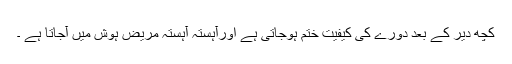
کچھ دیر کے بعد دورے کی کیفیت ختم ہوجاتی ہے اورآہستہ آہستہ مریض ہوش میں آجاتا ہے ۔